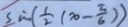
\sin ( \frac { 1 } { 2 } ( x - \frac { \pi } { 6 } ) )